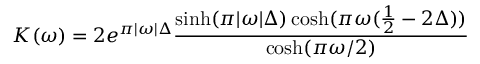
K ( \omega ) = 2 e ^ { \pi | \omega | \Delta } \frac { \sinh ( \pi | \omega | \Delta ) \cosh ( \pi \omega ( \frac { 1 } { 2 } - 2 \Delta ) ) } { \cosh ( \pi \omega / 2 ) }